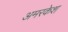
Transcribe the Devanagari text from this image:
अमरकेश